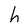
Character: h